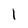
Character: 1